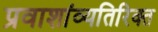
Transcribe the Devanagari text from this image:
प्रवाशांव्यतिरिक्त